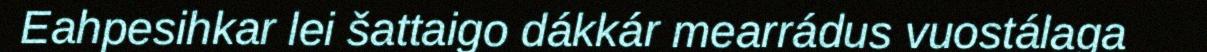
Eahpesihkar lei šattaigo dákkár mearrádus vuostálaga